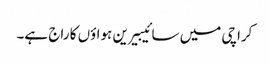
کراچی میں سائیبیرین ہواؤں کا راج ہے۔